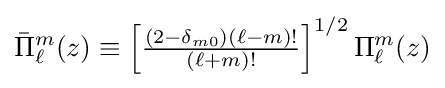
{\bar {\Pi }}_{\ell }^{m}(z)\equiv \left[{\tfrac {(2-\delta _{m0})(\ell -m)!}{(\ell +m)!}}\right]^{1/2}\Pi _{\ell }^{m}(z)